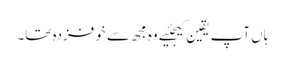
ہاں آپ یقین کیجئیے وہ مجھ سے خوفزدہ تھا۔